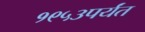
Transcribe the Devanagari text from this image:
१९५३पर्यंत